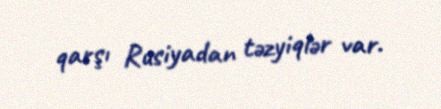
qarşı Rusiyadan təzyiqlər var.